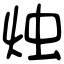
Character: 烛